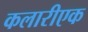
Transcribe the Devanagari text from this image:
कलारीएक